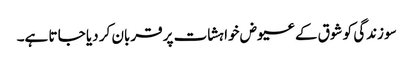
سو زندگی کو شوق کے عیوض خواہشات پر قربان کر دیا جا تا ہے۔